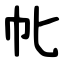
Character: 㠲